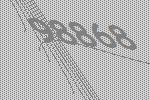
98868